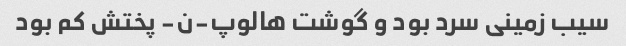
سیب زمینی سرد بود و گوشت هالوپ-ن- پختش کم بود